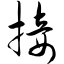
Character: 接